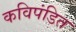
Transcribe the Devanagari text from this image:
कविपंडित